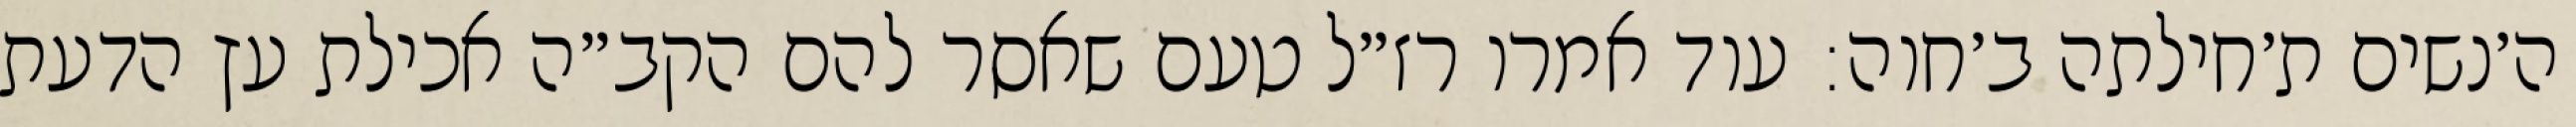
ה׳נשים ת׳חילתה ב׳חוה: עוד אמרו רז״ל טעם שאסר להם הקב״ה אכילת עץ הדעת